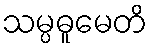
သမ္ပဓူမေတိ